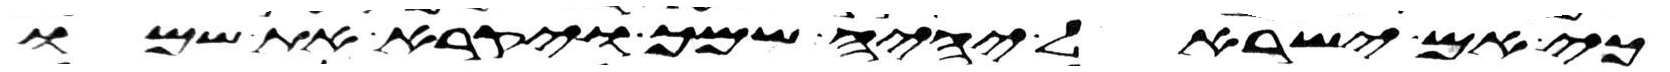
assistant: כי אם ישראל יהיה שמך ויקרא את שמו